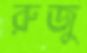
রুজু